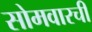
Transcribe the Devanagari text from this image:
सोमवारची